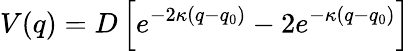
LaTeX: V(q)=D\left[e^{-2\kappa(q-q_{0})}-2e^{-\kappa(q-q_{0})}\right]